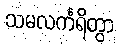
သမလင်္ကရိတွာ